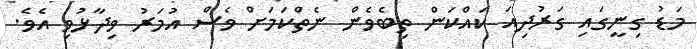
މަޑު ގިނީގައި ގަރުދިއަ ކައްކަން ތިބެވެން ނެތްކަމަށް ވެސް އުމަރު ވިދާޅުވި އެވެ.